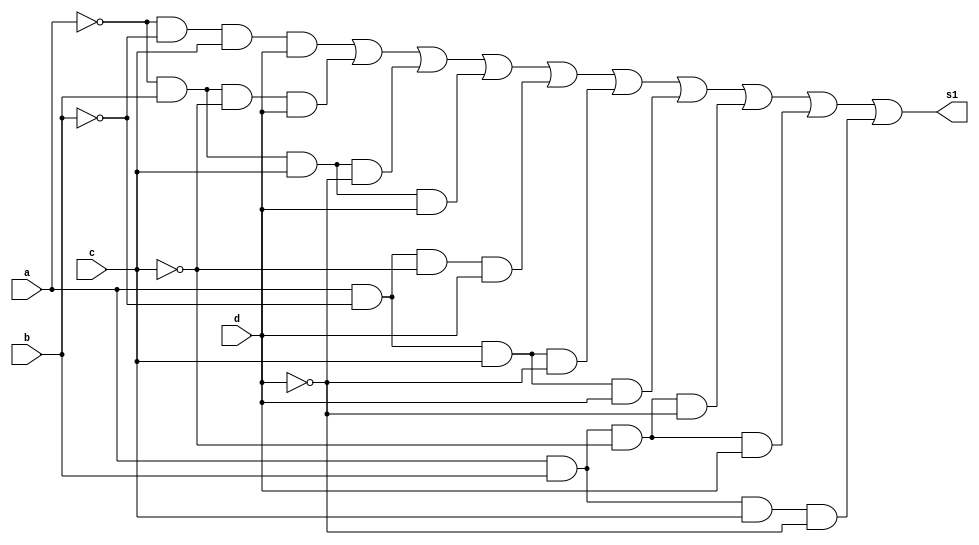
// ---------------------
// Prova01_c
// Nome: Anderson Belchior de Carvalho
// ---------------------

// ---------------------
// -- s1 com mintermos
// ---------------------

module s1mintermos (s1,a,b,c,d);
output s1;
input a,b,c,d;
wire t1,t2,t3,t4,t5,t,t7,t8,t9,t10;

and AND1(t1,~a,~b,c,d);
and AND2(t2,~a,b,~c,d);
and AND3 (t3, ~a,b,c,~d);
and AND4 (t4,~a,b,c,d);
and AND5 (t5,a,~b,~c,d);
and AND6 (t6,a,~b,c,~d);
and AND7 (t7,a,~b,c,d);
and AND8 (t8,a,b,~c,~d);
and AND9 (t9,a,b,~c,d);
and AND10 (t10,a,b,c,~d);

or OR1 (s1,t1,t2,t3,t4,t5,t6,t7,t8,t9,t10); 

endmodule //fim s1mintermos

// ---------------------
// -- teste s1 com mintermos
// ---------------------

module testes1mintermos;

wire s1;
reg a,b,c,d;

s1mintermos Teste (s1,a,b,c,d);

 initial begin
      $display("\na  b   c   d  s1\n");
      $monitor("%b  %b   %b   %b  %b", a, b, c, d, s1);
  
	     a=0; b=0; c=0; d=0;  
    #1  a=0; b=0; c=0; d=1;
    #1  a=0; b=0; c=1; d=0;
    #1  a=0; b=0; c=1; d=1;
    #1  a=0; b=1; c=0; d=0;
 	 #1  a=0; b=1; c=0; d=1;
    #1  a=0; b=1; c=1; d=0;
    #1  a=0; b=1; c=1; d=1;
    #1  a=1; b=0; c=0; d=0;
    #1  a=1; b=0; c=0; d=1;
    #1  a=1; b=0; c=1; d=0;
    #1  a=1; b=0; c=1; d=1;
    #1  a=1; b=1; c=0; d=0;
    #1  a=1; b=1; c=0; d=1;
    #1  a=1; b=1; c=1; d=0;
    #1  a=1; b=1; c=1; d=1;

    end
    endmodule

//fim testes1mintermos